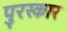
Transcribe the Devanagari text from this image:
पुरस्कार